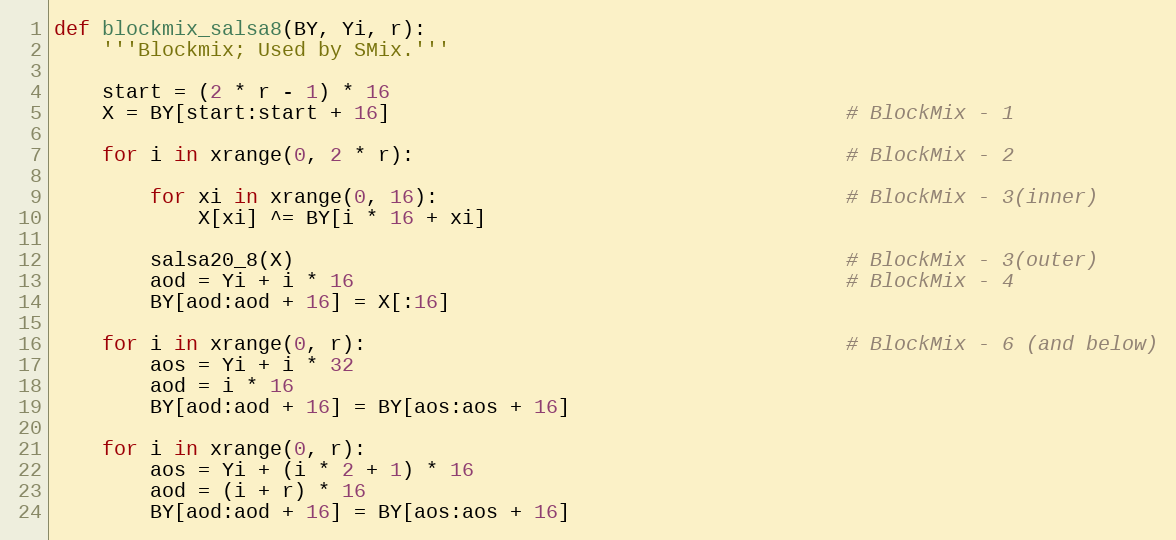
Language: Python
def blockmix_salsa8(BY, Yi, r):
    '''Blockmix; Used by SMix.'''

    start = (2 * r - 1) * 16
    X = BY[start:start + 16]                                      # BlockMix - 1

    for i in xrange(0, 2 * r):                                    # BlockMix - 2

        for xi in xrange(0, 16):                                  # BlockMix - 3(inner)
            X[xi] ^= BY[i * 16 + xi]

        salsa20_8(X)                                              # BlockMix - 3(outer)
        aod = Yi + i * 16                                         # BlockMix - 4
        BY[aod:aod + 16] = X[:16]

    for i in xrange(0, r):                                        # BlockMix - 6 (and below)
        aos = Yi + i * 32
        aod = i * 16
        BY[aod:aod + 16] = BY[aos:aos + 16]

    for i in xrange(0, r):
        aos = Yi + (i * 2 + 1) * 16
        aod = (i + r) * 16
        BY[aod:aod + 16] = BY[aos:aos + 16]